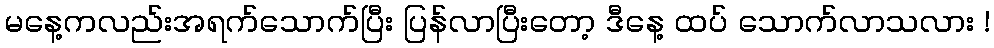
မနေ့ကလည်းအရက်သောက်ပြီး ပြန်လာပြီးတော့ ဒီနေ့ ထပ် သောက်လာသလား !